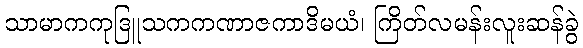
သာမာကကုဒြူသကကဏာဇကာဒိမယံ၊ ကြိတ်လမန်းလူးဆန်ခွဲ